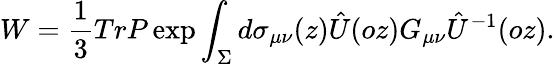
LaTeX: W=\frac{1}{3}TrP\exp\int_{\Sigma}d\sigma_{\mu\nu}(z)\hat{U}(oz)G_{\mu\nu}\hat{U}^{-1}(oz).